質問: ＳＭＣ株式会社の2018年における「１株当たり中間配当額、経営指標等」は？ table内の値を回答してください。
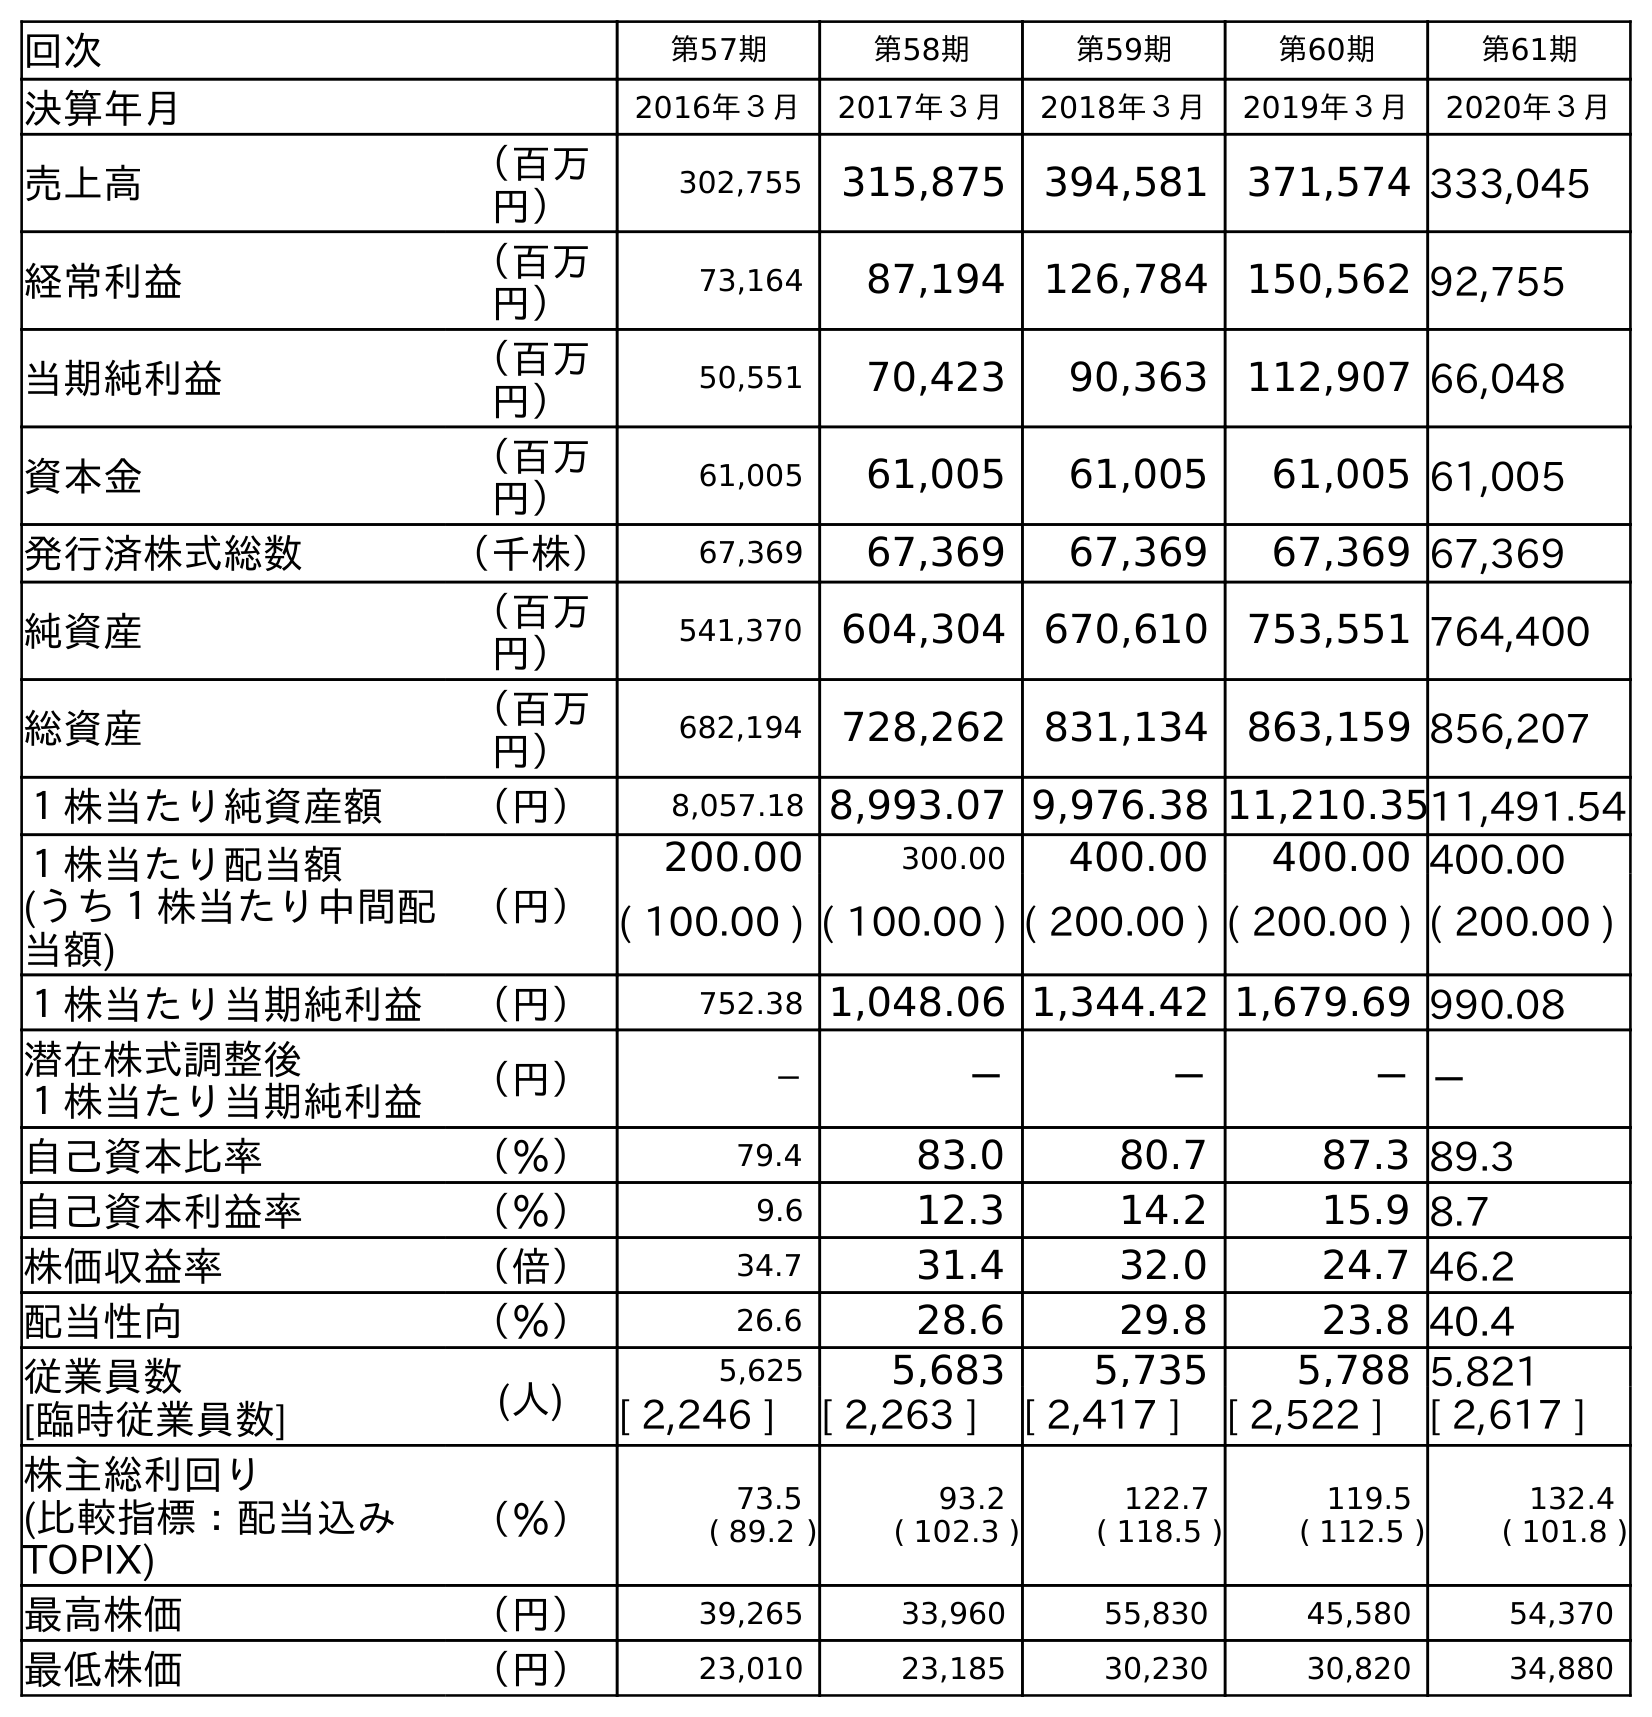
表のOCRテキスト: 回次 第57期 第58期 第59期 第60期 第61期 決算年月 2016年３月 2017年３月 2018年３月 2019年３月 2020年３月 売上高 （百万 円） 302,755 315,875 394,581 371,574 333,045 経常利益 （百万 円） 73,164 87,194 126,784 150,562 92,755 当期純利益 （百万 円） 50,551 70,423 90,363 112,907 66,048 資本金 （百万 円） 61,005 61,005 61,005 61,005 61,005 発行済株式総数 （千株） 67,369 67,369 67,369 67,369 67,369 純資産 （百万 円） 541,370 604,304 670,610 753,551 764,400 総資産 （百万 円） 682,194 728,262 831,134 863,159 856,207 １株当たり純資産額 （円） 8,057.18 8,993.07 9,976.38 11,210.3511,491.54 １株当たり配当額 (うち１株当たり中間配 当額) （円） 200.00 300.00 400.00 400.00 400.00 ( 100.00 ) ( 100.00 ) ( 200.00 ) ( 200.00 ) ( 200.00 ) １株当たり当期純利益 （円） 752.38 1,048.06 1,344.42 1,679.69 990.08 潜在株式調整後 １株当たり当期純利益 （円） － － － －－ 自己資本比率 （％） 79.4 83.0 80.7 87.3 89.3 自己資本利益率 （％） 9.6 12.3 14.2 15.9 8.7 株価収益率 （倍） 34.7 31.4 32.0 24.7 46.2 配当性向 （％） 26.6 28.6 29.8 23.8 40.4 従業員数 [臨時従業員数] (人) 5,625 5,683 5,735 5,788 5,821 [ 2,246 ] [ 2,263 ] [ 2,417 ] [ 2,522 ] [ 2,617 ] 株主総利回り (比較指標：配当込み TOPIX) （％） 73.5 ( 89.2 ) 93.2 ( 102.3 ) 122.7 ( 118.5 ) 119.5 ( 112.5 ) 132.4 ( 101.8 ) 最高株価 （円） 39,265 33,960 55,830 45,580 54,370 最低株価 （円） 23,010 23,185 30,230 30,820 34,880
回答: (200.00)